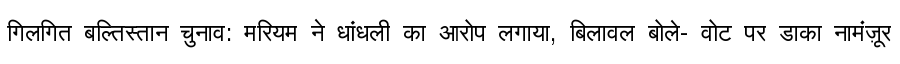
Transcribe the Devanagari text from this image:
गिलगित बल्तिस्तान चुनाव: मरियम ने धांधली का आरोप लगाया, बिलावल बोले- वोट पर डाका नामंज़ूर